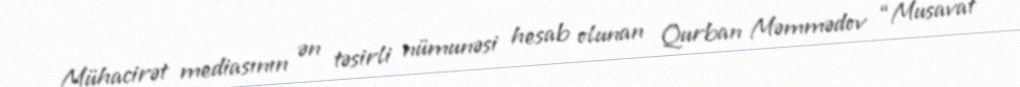
Mühacirət mediasının ən təsirli nümunəsi hesab olunan Qurban Məmmədov “Musavat